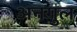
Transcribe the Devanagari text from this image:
अनगुल